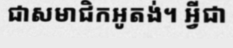
ជាសមាជិកអូតង់។ អ្វីជា